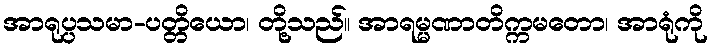
အာရုပ္ပသမာ-ပတ္တိယော၊ တို့သည်။ အာရမ္မဏာတိက္ကမတော၊ အာရုံကို